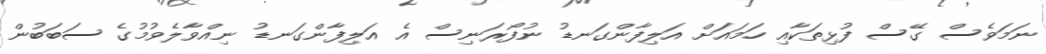
ނަމަވެސް ގޭސް ފުޅިތަކާއި ހަމައަށް އަލިފާންގަނޑު ނުފޯރަނިސް އެ އަލިފާންގަނޑު ނިއްވާލެވުމުގެ ސަބަބުން